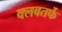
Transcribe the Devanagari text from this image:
क्लबतर्फे